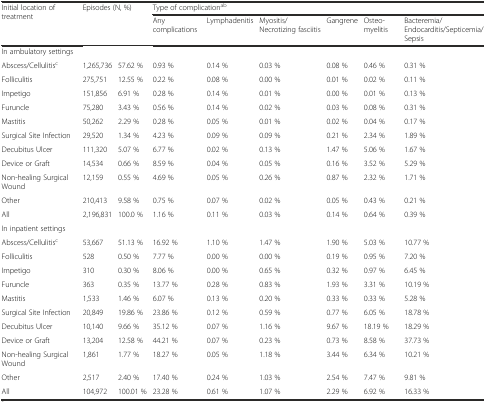
<table><thead><tr><td rowspan="2"><b>Initial location of treatment</b></td><td rowspan="2" colspan="2"><b>Episodes (N, %)</b></td><td colspan="6"><b>Type of complication<sup>ab</sup></b></td></tr><tr><td><b>Any complications</b></td><td><b>Lymphadenitis</b></td><td><b>Myositis/ Necrotizing fasciitis</b></td><td><b>Gangrene</b></td><td><b>Osteo-myelitis</b></td><td><b>Bacteremia/Endocarditis/Septicemia/ Sepsis</b></td></tr></thead><tbody><tr><td colspan="9">In ambulatory settings</td></tr><tr><td>Abscess/Cellulitis<sup>c</sup></td><td>1,265,736</td><td>57.62 %</td><td>0.93 %</td><td>0.14 %</td><td>0.03 %</td><td>0.08 %</td><td>0.46 %</td><td>0.31 %</td></tr><tr><td>Folliculitis</td><td>275,751</td><td>12.55 %</td><td>0.22 %</td><td>0.08 %</td><td>0.00 %</td><td>0.01 %</td><td>0.02 %</td><td>0.11 %</td></tr><tr><td>Impetigo</td><td>151,856</td><td>6.91 %</td><td>0.28 %</td><td>0.14 %</td><td>0.01 %</td><td>0.00 %</td><td>0.01 %</td><td>0.13 %</td></tr><tr><td>Furuncle</td><td>75,280</td><td>3.43 %</td><td>0.56 %</td><td>0.14 %</td><td>0.02 %</td><td>0.03 %</td><td>0.08 %</td><td>0.31 %</td></tr><tr><td>Mastitis</td><td>50,262</td><td>2.29 %</td><td>0.28 %</td><td>0.05 %</td><td>0.01 %</td><td>0.02 %</td><td>0.04 %</td><td>0.17 %</td></tr><tr><td>Surgical Site Infection</td><td>29,520</td><td>1.34 %</td><td>4.23 %</td><td>0.09 %</td><td>0.09 %</td><td>0.21 %</td><td>2.34 %</td><td>1.89 %</td></tr><tr><td>Decubitus Ulcer</td><td>111,320</td><td>5.07 %</td><td>6.77 %</td><td>0.02 %</td><td>0.13 %</td><td>1.47 %</td><td>5.06 %</td><td>1.67 %</td></tr><tr><td>Device or Graft</td><td>14,534</td><td>0.66 %</td><td>8.59 %</td><td>0.04 %</td><td>0.05 %</td><td>0.16 %</td><td>3.52 %</td><td>5.29 %</td></tr><tr><td>Non-healing Surgical Wound</td><td>12,159</td><td>0.55 %</td><td>4.69 %</td><td>0.05 %</td><td>0.26 %</td><td>0.87 %</td><td>2.32 %</td><td>1.71 %</td></tr><tr><td>Other</td><td>210,413</td><td>9.58 %</td><td>0.75 %</td><td>0.07 %</td><td>0.02 %</td><td>0.05 %</td><td>0.43 %</td><td>0.21 %</td></tr><tr><td>All</td><td>2,196,831</td><td>100.0 %</td><td>1.16 %</td><td>0.11 %</td><td>0.03 %</td><td>0.14 %</td><td>0.64 %</td><td>0.39 %</td></tr><tr><td colspan="9">In inpatient settings</td></tr><tr><td>Abscess/Cellulitis<sup>c</sup></td><td>53,667</td><td>51.13 %</td><td>16.92 %</td><td>1.10 %</td><td>1.47 %</td><td>1.90 %</td><td>5.03 %</td><td>10.77 %</td></tr><tr><td>Folliculitis</td><td>528</td><td>0.50 %</td><td>7.77 %</td><td>0.00 %</td><td>0.00 %</td><td>0.19 %</td><td>0.95 %</td><td>7.20 %</td></tr><tr><td>Impetigo</td><td>310</td><td>0.30 %</td><td>8.06 %</td><td>0.00 %</td><td>0.65 %</td><td>0.32 %</td><td>0.97 %</td><td>6.45 %</td></tr><tr><td>Furuncle</td><td>363</td><td>0.35 %</td><td>13.77 %</td><td>0.28 %</td><td>0.83 %</td><td>1.93 %</td><td>3.31 %</td><td>10.19 %</td></tr><tr><td>Mastitis</td><td>1,533</td><td>1.46 %</td><td>6.07 %</td><td>0.13 %</td><td>0.20 %</td><td>0.33 %</td><td>0.33 %</td><td>5.28 %</td></tr><tr><td>Surgical Site Infection</td><td>20,849</td><td>19.86 %</td><td>23.86 %</td><td>0.12 %</td><td>0.59 %</td><td>0.77 %</td><td>6.05 %</td><td>18.78 %</td></tr><tr><td>Decubitus Ulcer</td><td>10,140</td><td>9.66 %</td><td>35.12 %</td><td>0.07 %</td><td>1.16 %</td><td>9.67 %</td><td>18.19 %</td><td>18.29 %</td></tr><tr><td>Device or Graft</td><td>13,204</td><td>12.58 %</td><td>44.21 %</td><td>0.07 %</td><td>0.23 %</td><td>0.73 %</td><td>8.58 %</td><td>37.73 %</td></tr><tr><td>Non-healing Surgical Wound</td><td>1,861</td><td>1.77 %</td><td>18.27 %</td><td>0.05 %</td><td>1.18 %</td><td>3.44 %</td><td>6.34 %</td><td>10.21 %</td></tr><tr><td>Other</td><td>2,517</td><td>2.40 %</td><td>17.40 %</td><td>0.24 %</td><td>1.03 %</td><td>2.54 %</td><td>7.47 %</td><td>9.81 %</td></tr><tr><td>All</td><td>104,972</td><td>100.01 %</td><td>23.28 %</td><td>0.61 %</td><td>1.07 %</td><td>2.29 %</td><td>6.92 %</td><td>16.33 %</td></tr></tbody></table>